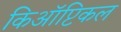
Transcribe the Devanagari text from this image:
किऑप्टिकल